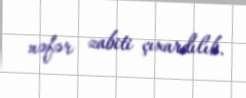
nəfər zabiti çıxardılıb.